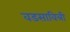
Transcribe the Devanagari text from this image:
वडसावित्री